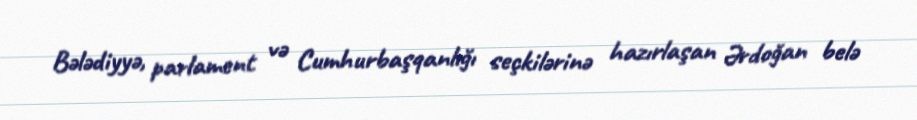
Bələdiyyə, parlament və Cumhurbaşqanlığı seçkilərinə hazırlaşan Ərdoğan belə